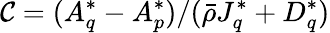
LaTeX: \mathcal{C}=(A_{q}^{*}-A_{p}^{*})/(\bar{\rho}J_{q}^{*}+D_{q}^{*})